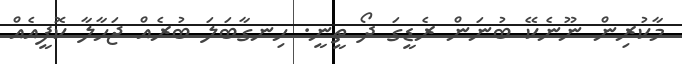
މާކުރިން ނޫނެކޭ ބުނަން ރެޑީގަ ދޯ ތީނީ. ހިނގާބަލަ ބުރެއް ޖަހާލާ ކޮފީއެއް